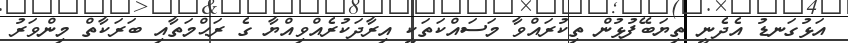
އަޅުގަނޑު އެދެނީ ތިޔަބޭފުޅުން ތިކުރައްވާ މަސައްކަތަކީ އިރާދަކުރެއްވިއްޔާ ގެ ރަޙްމަތާއި ބަރަކާތް މިންވަރު